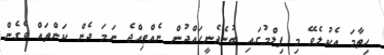
ހިތާމަ އެކުލެވޭ މި ފިލްމުގައި ބުނެދެނީހައްދުން ނެއްޓިއްޖެ ނަމަ ދެން ކަންތައް ވެގެން